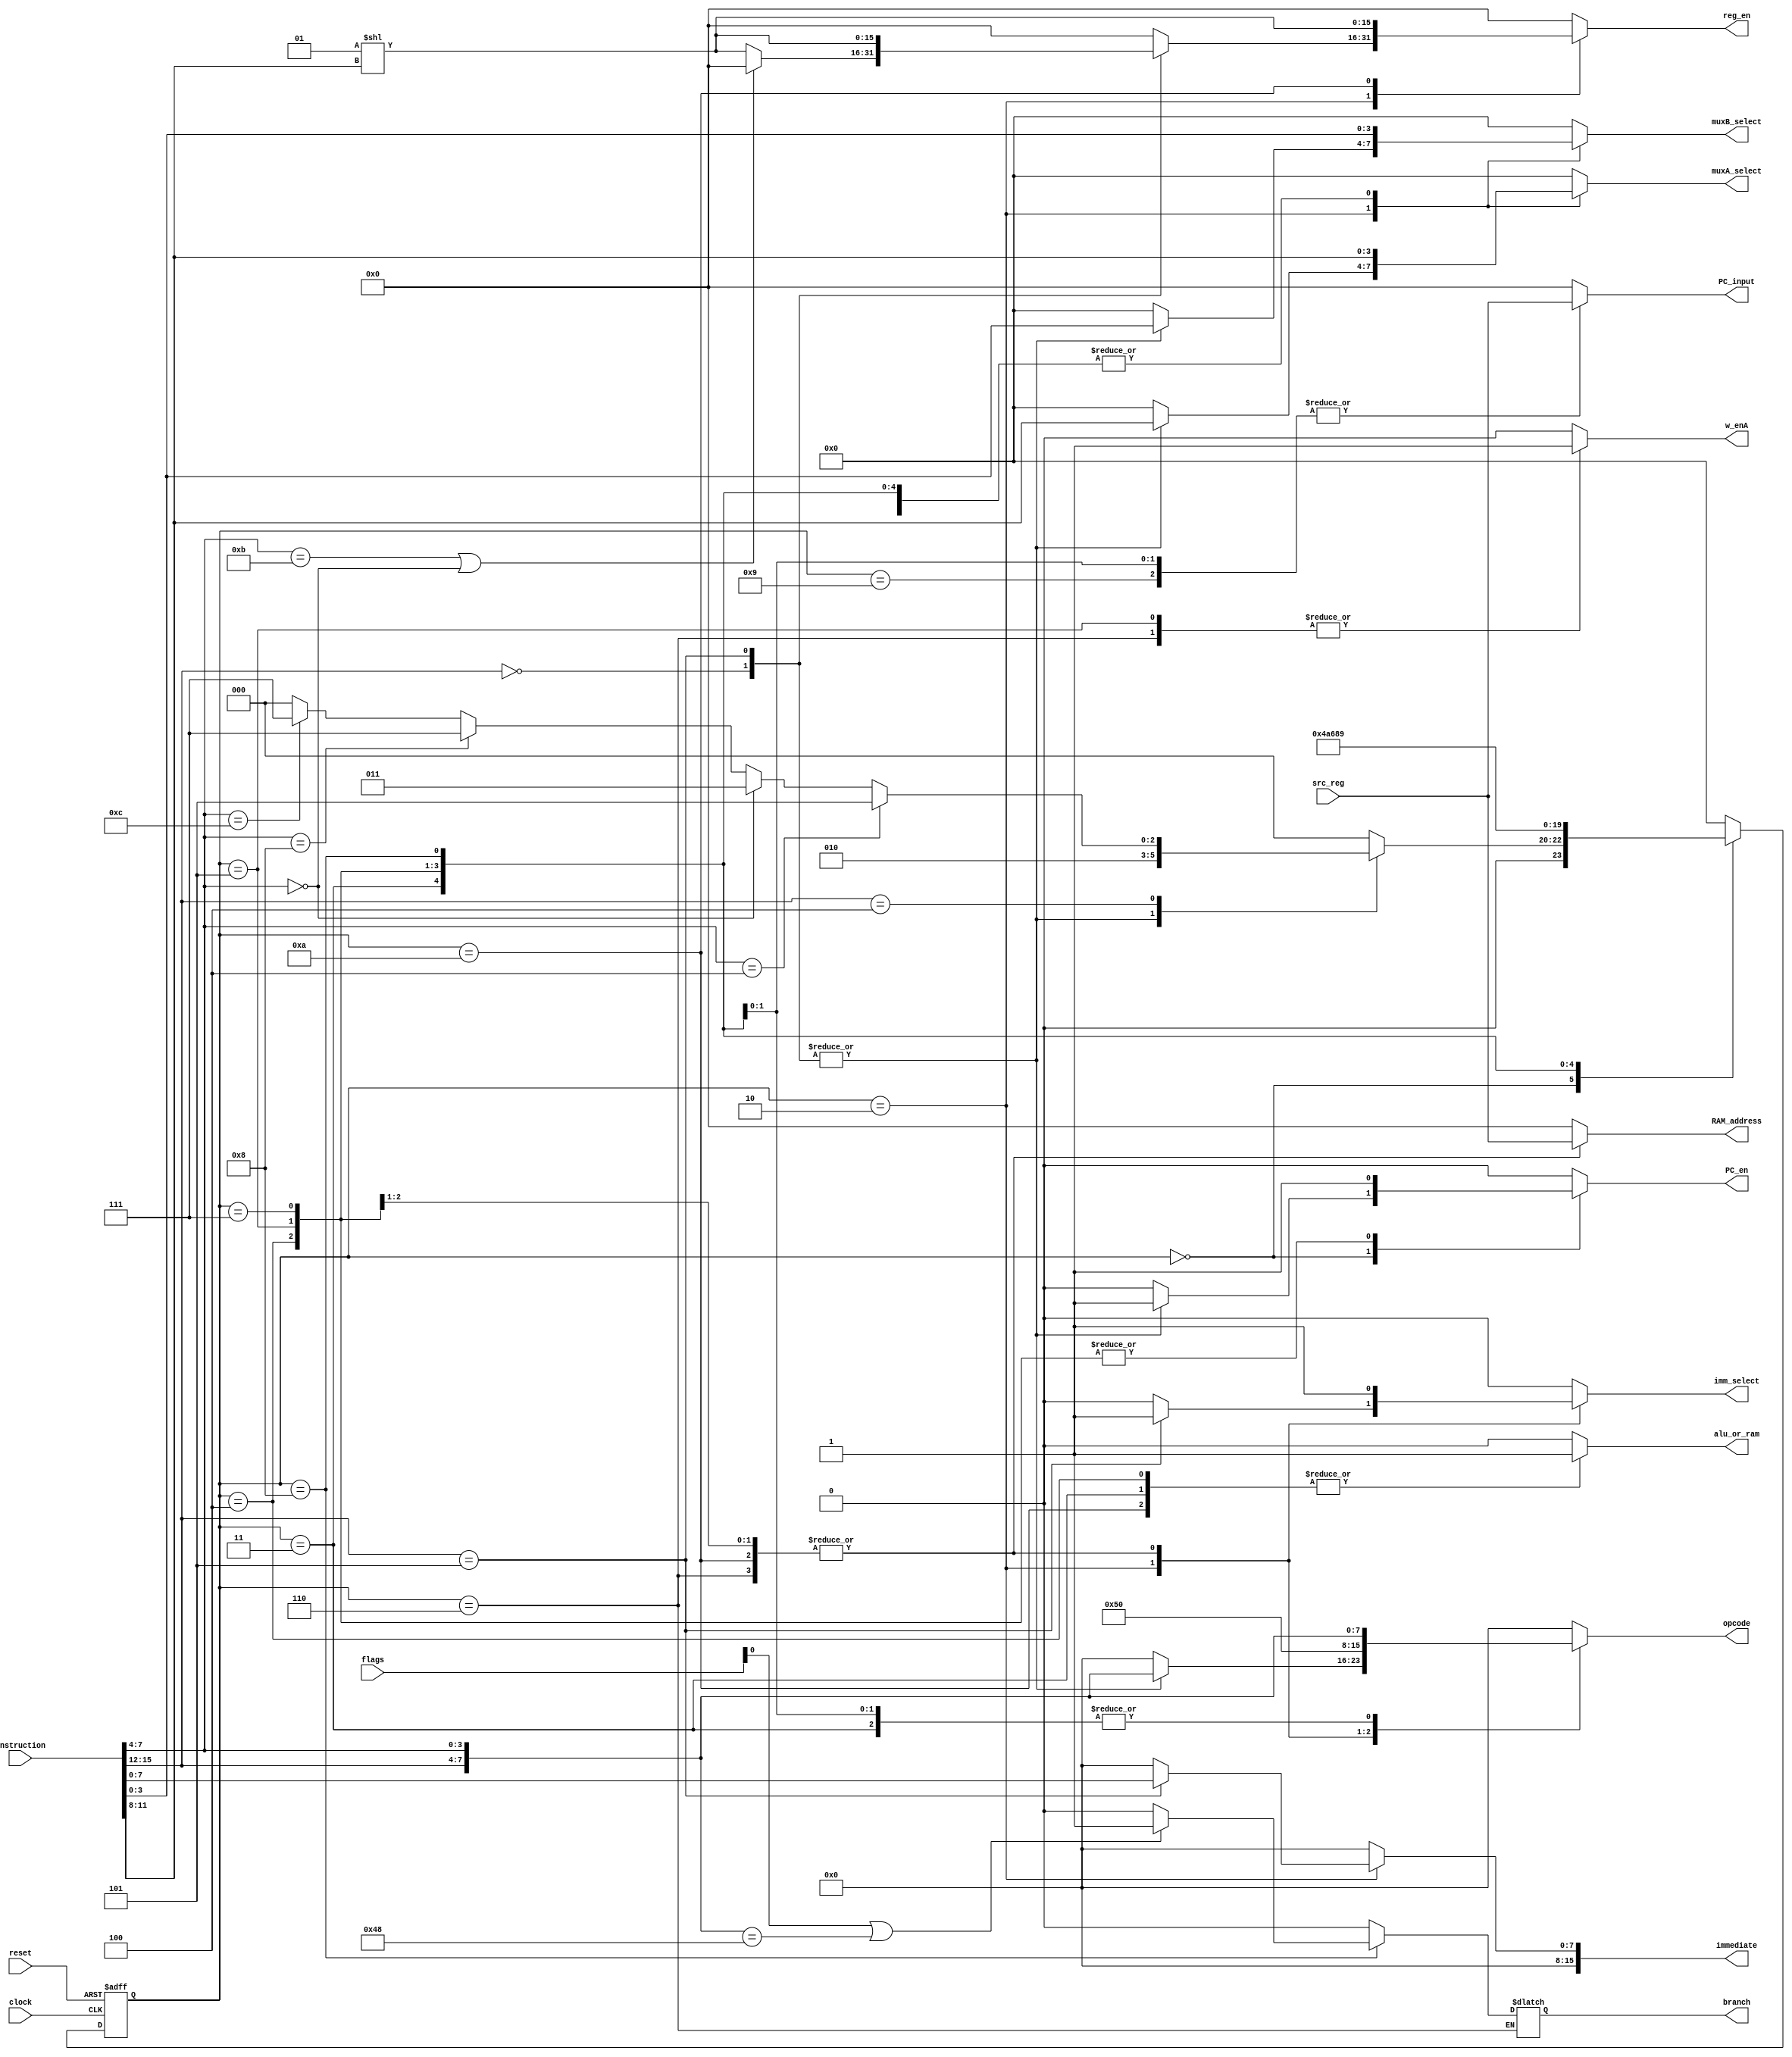
`timescale 1ns / 1ps

////////////////////////////////////////////////////////////////////////////////
//
// Design Name:   Controller
// Module Name:   Controller.v
// Project Name:  Controller
//
////////////////////////////////////////////////////////////////////////////////

module Controller
(
	input clock, 
	input reset,
	input [15:0] Instruction,
	//input flags
	output reg [7:0] opcode,
	output reg [3:0] muxA_select, 
	output reg [3:0] muxB_select,
	output reg imm_select, 
	output reg alu_or_ram, 
	output reg w_enA, 
	output reg PC_en,
	output reg [15:0] immediate, 
	output reg [15:0] reg_en,
	output reg [15:0] PC_input,
	output reg [15:0] RAM_address,
	input  [15:0] src_reg,
	input [4:0] flags,
	output reg branch

);

parameter ADD			= 8'b00000101;
parameter ADDI			= 8'b0101XXXX;
parameter ADDU			= 8'b00000110;
parameter ADDUI		= 8'b0110XXXX;
parameter ADDC			= 8'b00000111;
parameter ADDCU		= 8'b00001000;
parameter ADDCUI     = 8'b0011XXXX;
parameter ADDCI		= 8'b0111XXXX;
parameter SUB			= 8'b00001001;
parameter SUBI			= 8'b1001XXXX;
parameter CMP			= 8'b00001011;
parameter CMPI			= 8'b1011XXXX;
parameter CMPU			= 8'b00001100;
parameter CMPUI		= 8'b1100XXXX;
parameter AND			= 8'b00000001;
parameter OR         = 8'b00000010;
parameter XOR			= 8'b00000011;
parameter NOT			= 8'b00000100;
parameter LSH			= 8'b10000100;
parameter LSHI			= 8'b1000000X;
parameter RSH			= 8'b10000101;
parameter RSHI			= 8'b1010XXXX;
parameter ALSH			= 8'b11010100;
parameter ARSH			= 8'b11010101;
parameter NOP			= 8'b00000000;
parameter LOAD			= 8'b01000000;
parameter STORE		= 8'b01000100;
parameter JUMP			= 8'b01001000;
parameter Jcond		= 8'b01001100;

localparam
    Fetch 			= 4'b0000,
	 Reset 			= 4'b0001,
	 R_Type 			= 4'b0010,
	 Load_Setup 	= 4'b0011,
	 Load_Perform 	= 4'b0100,
	 Store_Setup 	= 4'b0101,
	 Store_Perform = 4'b0110,
	 Jump_Setup 	= 4'b0111,
	 Jump_Perform 	= 4'b1000,
	 Jump_Pause    = 4'b1001,
	 Load_Pause		= 4'b1010;
	 
reg [3:0] State, Next;

always @(posedge clock, posedge reset)
begin
    if(reset) // go to state zero if reset
        begin
        State <= Reset;
        end
    else // otherwise update the states
        begin
        State <= Next;
        end
end

always @(State)
begin
	// store current state as next
	
	case(State)
		Fetch:
			begin
			opcode 		= NOP;
			muxA_select = 4'b0000;
			muxB_select = 4'b0000;
			imm_select 	= 1'b0;
			alu_or_ram 	= 1'b0;
			w_enA 		= 1'b0;
			immediate 	= 16'h0000;
			reg_en 		= 16'h0000;
			PC_input		= 16'h0000;
			branch		= 1'b0;
			RAM_address	= 16'h0000;
				
			//{opcode[7:4],rdest,opcode[3:0],rsrc} = Instruction
			case(Instruction[15:12])
				ADD[7:4], ADDI[7:4]:
					begin
					Next 			= R_Type;
					PC_en 		= 1'b1;
					end
					
				STORE[7:4]:
					begin
					if(Instruction[7:4] == STORE[3:0])
						begin
						Next = Store_Setup;
						PC_en 		= 1'b0;
						end
					else if(Instruction[7:4] == LOAD[3:0])
						begin
						Next = Load_Setup;
						PC_en 		= 1'b0;
						end
					else if(Instruction[7:4] == JUMP[3:0])
						begin
						Next = Jump_Setup;
						PC_en 		= 1'b0;
						end
					else if(Instruction[7:4] == Jcond[3:0])
						begin
						Next = Jump_Setup;
						PC_en 		= 1'b0;
						end
					else
						begin
						Next = Fetch;
						PC_en 		= 1'b0;
						end
					end
				default:
					begin
					Next = Fetch;
					PC_en 		= 1'b0;
					end
				endcase
			end
				
		Reset: 
			begin
			opcode 		= NOP;
			muxA_select = 4'b0000;
			muxB_select = 4'b0000;
			imm_select 	= 1'b0;
			alu_or_ram 	= 1'b0;
			w_enA 		= 1'b0;
			PC_en 		= 1'b0;
			immediate 	= 16'h0000;
			reg_en 		= 16'h0000;
			PC_input		= 16'h0000;
			branch		= 1'b0;
			RAM_address	= 16'h0000;
			Next = Fetch;
			end
			
		R_Type: 
			begin
			Next = Fetch;
			//{opcode[7:4],rdest,opcode[3:0],rsrc} = Instruction
			case(Instruction[15:12])
				4'b0000: //NON IMMEDIATES
					begin
					opcode 		= {Instruction[15:12],Instruction[7:4]};
					muxA_select = Instruction[11:8];
					muxB_select = Instruction[3:0];
					imm_select 	= 1'b0;
					alu_or_ram 	= 1'b0;
					w_enA 		= 1'b0;
					PC_en 		= 1'b0;
					immediate 	= 16'h0000;
					PC_input		= 16'h0000;
					
					if((Instruction[7:4] == CMP[3:0]) || (Instruction[7:4] == 4'b0000))
						reg_en 	= 16'h0000;
					else
						reg_en 	= 2**((Instruction[11:8]));
						
					branch		= 1'b0;
					RAM_address	= 16'h0000;
					end
					
				4'b0101: //IMMEDIATES
					begin
					opcode 		= {Instruction[15:12],Instruction[7:4]};
					muxA_select = Instruction[11:8];
					muxB_select = Instruction[3:0];
					imm_select 	= 1'b1;
					alu_or_ram 	= 1'b0;
					w_enA 		= 1'b0;
					PC_en 		= 1'b0;
					immediate 	= {8'h00,Instruction[7:0]};
					PC_input		= 16'h0000;
					reg_en 		= 2**((Instruction[11:8]));
					branch		= 1'b0;
					RAM_address	= 16'h0000;
					end
					
					default: 
						begin
						opcode 		= NOP;
						muxA_select = 4'b0000;
						muxB_select = 4'b0000;
						imm_select 	= 1'b0;
						alu_or_ram 	= 1'b0;
						w_enA 		= 1'b0;
						PC_en 		= 1'b0;
						immediate 	= 16'h0000;
						reg_en 		= 16'h0000;
						PC_input		= 16'h0000;
						branch		= 1'b0;
						RAM_address	= 16'h0000;
						end
				endcase
			end
			
		Load_Setup: 
			begin
			opcode 		= {Instruction[15:12],Instruction[7:4]};
			muxA_select = Instruction[11:8];
			muxB_select = Instruction[3:0];
			imm_select 	= 1'b0;
			alu_or_ram 	= 1'b1;
			w_enA 		= 1'b0;
			PC_en 		= 1'b0;
			immediate 	= 16'h0000;
			reg_en 		= 16'h0000;
			PC_input		= 16'h0000;
			RAM_address	= 16'h0000;
			Next 			= Load_Perform;
			branch		= 1'b0;
			end
			
		Load_Perform: 
			begin
			opcode 		= 8'b01010000;
			muxA_select = Instruction[11:8];
			muxB_select = Instruction[3:0];
			imm_select 	= 1'b1;
			alu_or_ram 	= 1'b1;
			w_enA 		= 1'b0;
			PC_en 		= 1'b1;
			immediate 	= 16'h0000;
			reg_en 		= 16'h0000;
			PC_input		= 16'h0000;
			RAM_address	= src_reg;
			Next 			= Load_Pause;
			branch		= 1'b0;
			end
			
		Load_Pause: 
			begin
			opcode 		= 8'b01010000;
			muxA_select = Instruction[11:8];
			muxB_select = Instruction[3:0];
			imm_select 	= 1'b1;
			alu_or_ram 	= 1'b1;
			w_enA 		= 1'b0;
			PC_en 		= 1'b0;
			immediate 	= 16'h0000;
			reg_en 		= 2**(Instruction[11:8]);
			PC_input		= 16'h0000;
			RAM_address	= src_reg;
			Next 			= Fetch;
			branch		= 1'b0;
			end
			
		Store_Setup: 
			begin
			opcode 		= 8'b01010000;
			muxA_select = Instruction[11:8];
			muxB_select = Instruction[3:0];
			imm_select 	= 1'b1;
			alu_or_ram 	= 1'b0;
			w_enA 		= 1'b1;
			PC_en 		= 1'b1;
			immediate 	= 16'h0000;
			reg_en 		= 16'h0000;
			PC_input		= 16'h0000;
			RAM_address = src_reg;
			Next 			= Store_Perform;
			branch		= 1'b0;
			end
			
		Store_Perform: 
			begin
			opcode 		= 8'b01010000;
			muxA_select = Instruction[11:8];
			muxB_select = Instruction[3:0];
			imm_select 	= 1'b1;
			alu_or_ram 	= 1'b0;
			w_enA 		= 1'b1;
			PC_en 		= 1'b0;
			immediate 	= 16'h0000;
			reg_en 		= 16'h0000;
			PC_input		= 16'h0000;
			RAM_address = src_reg;
			Next 			= Fetch;
			end
			
		Jump_Setup: 
			begin
			opcode 		= {Instruction[15:12],Instruction[7:4]};
			muxA_select = Instruction[11:8];
			muxB_select = Instruction[3:0];
			imm_select 	= 1'b0;
			alu_or_ram 	= 1'b0;
			w_enA 		= 1'b0;
			PC_en 		= 1'b1;
			immediate 	= 16'h0000;
			reg_en 		= 16'h0000;
			PC_input		= src_reg;
			RAM_address	= 16'h0000;
			Next 			= Jump_Perform;
			branch		= 1'b0;
			end
			
		Jump_Perform: 
			begin
			opcode 		= {Instruction[15:12],Instruction[7:4]};
			muxA_select = Instruction[11:8];
			muxB_select = Instruction[3:0];
			imm_select 	= 1'b0;
			alu_or_ram 	= 1'b0;
			w_enA 		= 1'b0;
			PC_en 		= 1'b0;
			immediate 	= 16'h0000;
			reg_en 		= 16'h0000;
			PC_input		= src_reg;
			RAM_address	= 16'h0000;
			Next 			= Jump_Pause;
			if((flags[0] == 1'b1) || ({Instruction[15:12],Instruction[7:4]} == JUMP))
				branch		= 1'b1;
			else
				branch		= 1'b0;
			end
			
		Jump_Pause: 
			begin
			opcode 		= 8'h00;
			muxA_select = Instruction[11:8];
			muxB_select = Instruction[3:0];
			imm_select 	= 1'b0;
			alu_or_ram 	= 1'b0;
			w_enA 		= 1'b0;
			PC_en 		= 1'b0;
			immediate 	= 16'h0000;
			reg_en 		= 16'h0000;
			PC_input		= src_reg;
			RAM_address	= 16'h0000;
			Next 			= Fetch;
			branch		= 1'b0;
			end
			

			
		default:
			begin
			opcode 		= NOP;
			muxA_select = 4'b0000;
			muxB_select = 4'b0000;
			imm_select 	= 1'b0;
			alu_or_ram 	= 1'b0;
			w_enA 		= 1'b0;
			PC_en 		= 1'b0;
			immediate 	= 16'h0000;
			reg_en 		= 16'h0000;
			PC_input		= 16'h0000;
			branch		= 1'b0;
			RAM_address	= 16'h0000;
			Next 			= Fetch;
			end
    endcase
end

endmodule